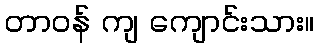
တာဝန် ကျ ကျောင်းသား။